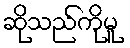
ဆိုသည်ကိုမူ